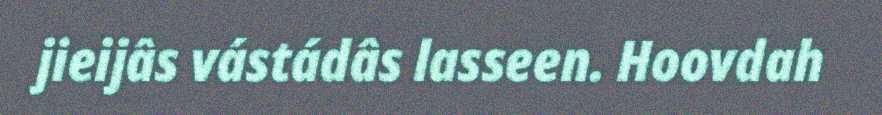
jieijâs vástádâs lasseen. Hoovdah